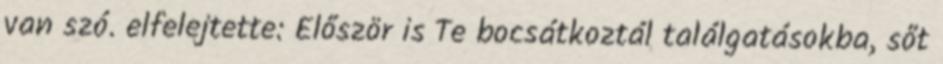
van szó. elfelejtette: Először is Te bocsátkoztál találgatásokba, sőt